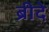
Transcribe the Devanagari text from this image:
ब्रीदे